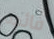
فائده